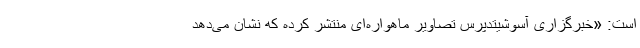
است: «خبرگزاری آسوشیتد‌پرس تصاویر ماهواره‌ای منتشر کرده که نشان می‌دهد